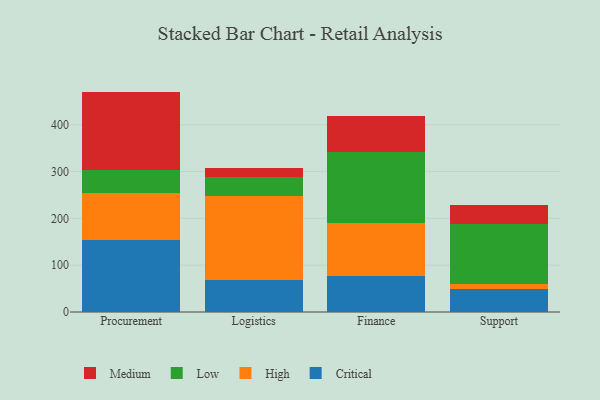
{"axis": {"x": "Department", "y": "Conversion Rate (%)"}, "legend": ["Critical", "High", "Low", "Medium"], "data": [{"x": "Procurement", "y": 154.2, "type": "Critical"}, {"x": "Procurement", "y": 99.0, "type": "High"}, {"x": "Procurement", "y": 49.4, "type": "Low"}, {"x": "Procurement", "y": 168.1, "type": "Medium"}, {"x": "Logistics", "y": 69.4, "type": "Critical"}, {"x": "Logistics", "y": 177.3, "type": "High"}, {"x": "Logistics", "y": 40.8, "type": "Low"}, {"x": "Logistics", "y": 20.6, "type": "Medium"}, {"x": "Finance", "y": 77.1, "type": "Critical"}, {"x": "Finance", "y": 113.8, "type": "High"}, {"x": "Finance", "y": 151.4, "type": "Low"}, {"x": "Finance", "y": 75.8, "type": "Medium"}, {"x": "Support", "y": 49.1, "type": "Critical"}, {"x": "Support", "y": 10.8, "type": "High"}, {"x": "Support", "y": 127.9, "type": "Low"}, {"x": "Support", "y": 40.6, "type": "Medium"}]}